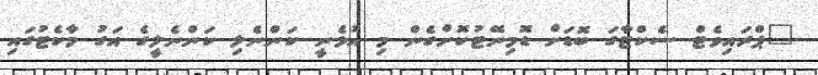
"ޕްރައިވެޓް ސެކްޓާގަ ބޮޑަށް ޑޮމިނޭޓުކޮށްގެން މި އުޅެނީ ކަންނެލި ކަންނެލީގެ އަގު މާކެޓުގައި